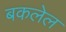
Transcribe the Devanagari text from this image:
बकलेल